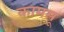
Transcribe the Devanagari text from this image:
कामसू